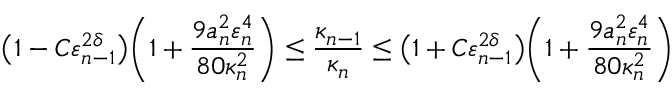
\bigl ( 1 - C \varepsilon _ { n - 1 } ^ { 2 \delta } \bigr ) \biggl ( 1 + \frac { 9 a _ { n } ^ { 2 } \varepsilon _ { n } ^ { 4 } } { 8 0 \kappa _ { n } ^ { 2 } } \biggr ) \leq \frac { \kappa _ { n - 1 } } { \kappa _ { n } } \leq \bigl ( 1 + C \varepsilon _ { n - 1 } ^ { 2 \delta } \bigr ) \biggl ( 1 + \frac { 9 a _ { n } ^ { 2 } \varepsilon _ { n } ^ { 4 } } { 8 0 \kappa _ { n } ^ { 2 } } \biggr )